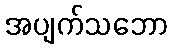
အပျက်သဘော